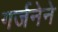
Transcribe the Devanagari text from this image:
गर्जनेने